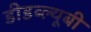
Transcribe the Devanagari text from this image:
डीडब्ल्यूबी